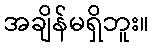
အချိန်မရှိဘူး။